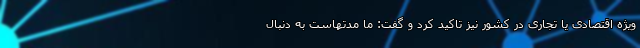
ویژه اقتصادی یا تجاری در کشور نیز تاکید کرد و گفت: ما مدتهاست به دنبال